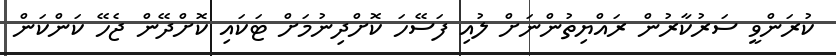
ކުރަންވީ ސަރުކާރުން ރައްޔިތުންނަށް ލުއި ފަސޭހަ ކޮށްދިނުމަށް ޓަކައި ކޮށްދޭން ޖެހޭ ކަންކަން